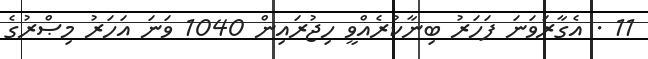
11 . އެގާރަވަނަ ފަހަރު ބިނާކުރެއްވީ ހިޖުރައިން 1040 ވަނަ އަހަރު މިޞްރުގެ